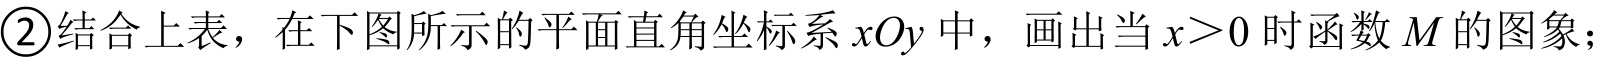
\textcircled{2}结合上表，在下图所示的平面直角坐标系 \(xOy\) 中，画出当 \(x > 0\) 时函数 \(M\) 的图象；